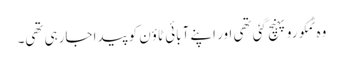
وہ ٹمکورو پہنچ گئی تھی اور اپنے آبائی ٹاؤن کو پیدا جارہی تھی۔